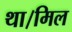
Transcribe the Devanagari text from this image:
था।मिल